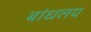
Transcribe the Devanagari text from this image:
बांधलय